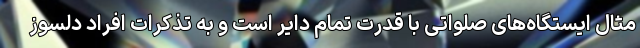
مثال ایستگاه‌های صلواتی با قدرت تمام دایر است و به تذکرات افراد دلسوز